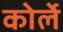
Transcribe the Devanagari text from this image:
कोर्ले